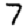
Digit: 7